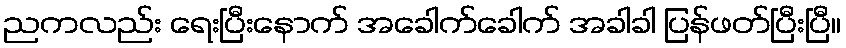
ညကလည်း ရေးပြီးနောက် အခေါက်ခေါက် အခါခါ ပြန်ဖတ်ပြီးပြီ။